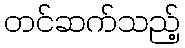
တင်ဆက်သည့်